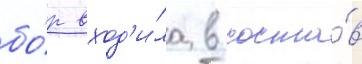
бо́р вход'и́ла в соста́в